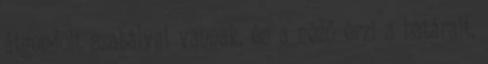
átgondolt szabályai vannak, és a néző érzi a határait,